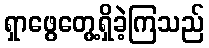
ရှာဖွေတွေ့ရှိခဲ့ကြသည်